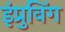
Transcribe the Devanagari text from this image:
इंप्रुविंग